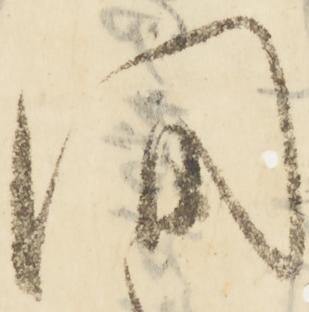
間